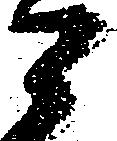
ニ